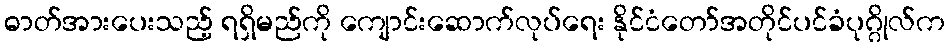
ဓာတ်အားပေးသည့် ရရှိမည်ကို ကျောင်းဆောက်လုပ်ရေး နိုင်ငံတော်အတိုင်ပင်ခံပုဂ္ဂိုလ်က